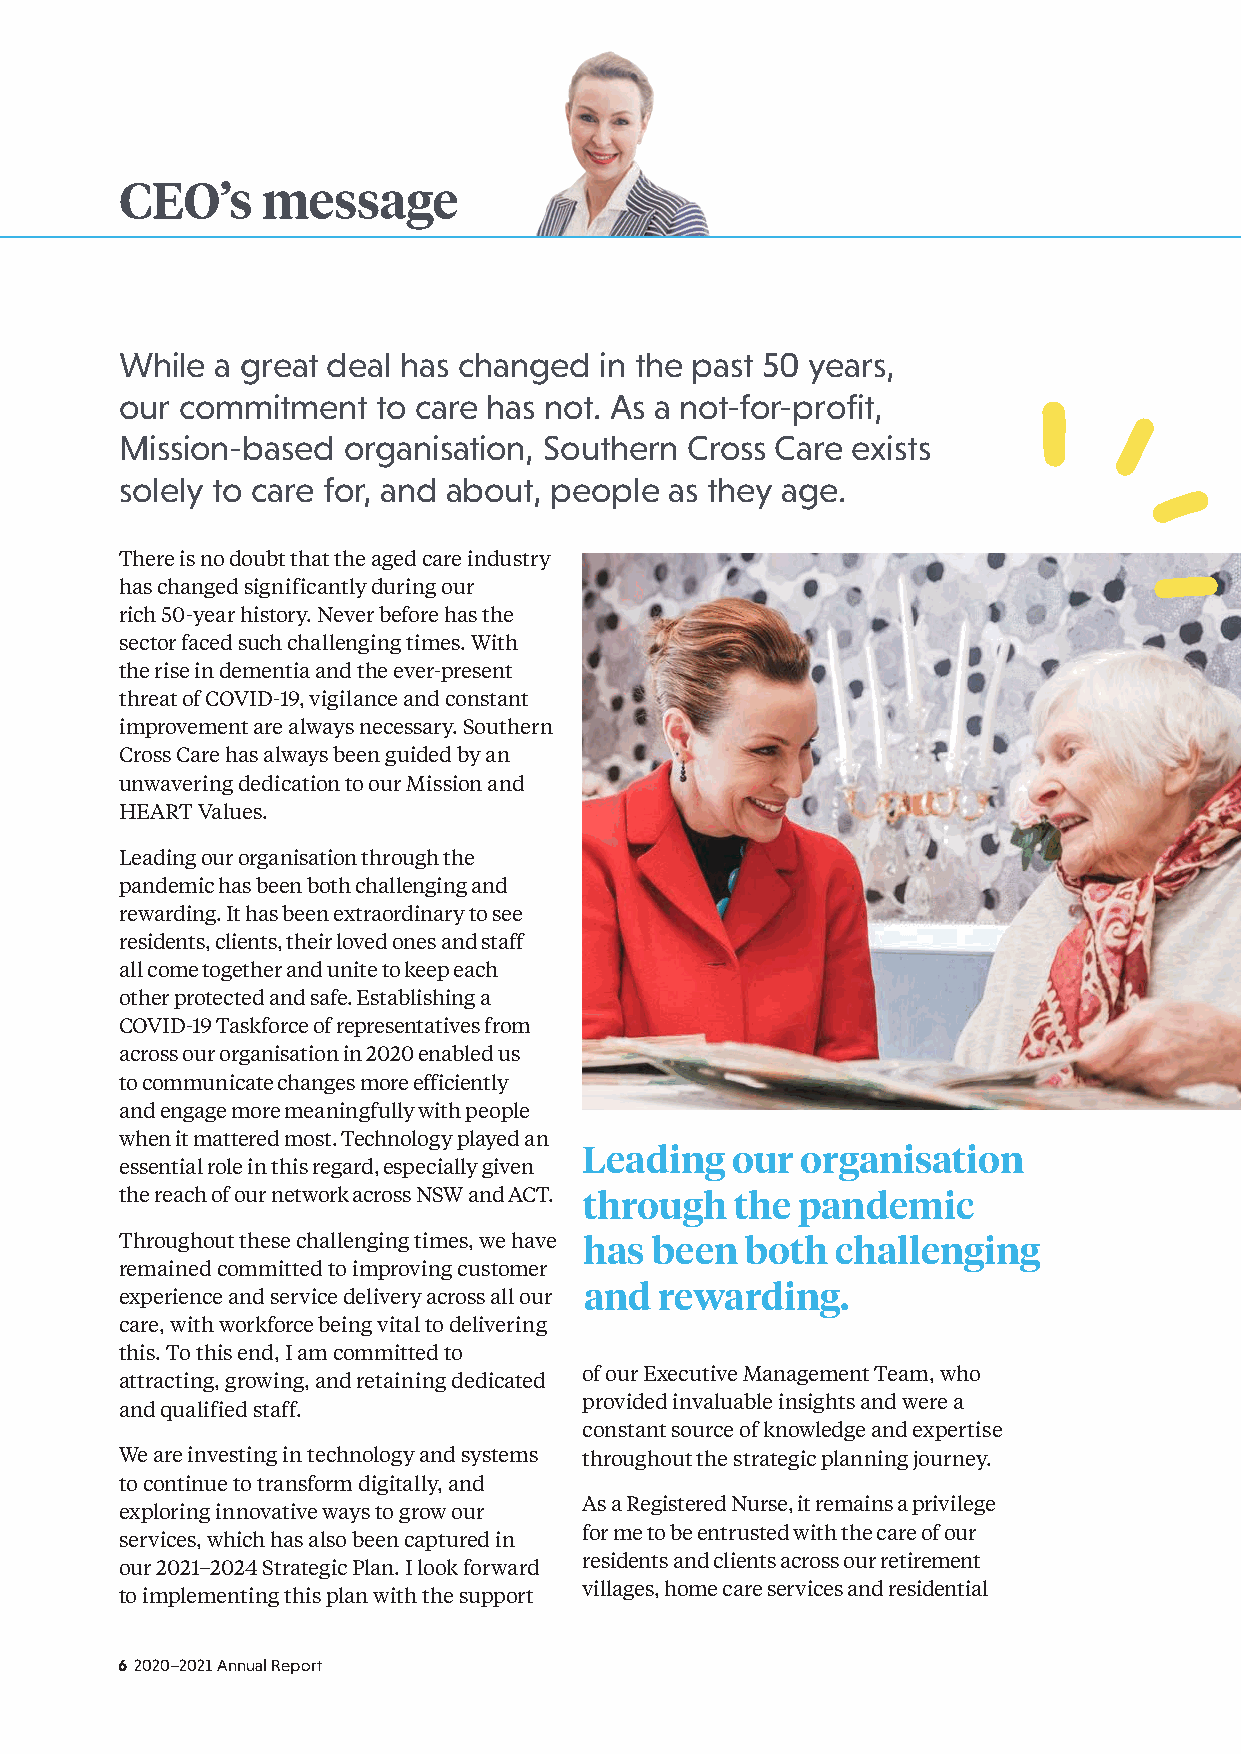
CEO’s    message
 While a great deal has changed  in the past 50 years,
 our commitment   to care has not. As a not-for-profit,
 Mission-based  organisation, Southern Cross Care exists
 solely to care for, and about, people as they age.
 There is no doubt that the aged care industry
 has changed significantly during our
 rich 50-year history. Never before has the
 sector faced such challenging times. With
 the rise in dementia and the ever-present
 threat of COVID-19, vigilance and constant
 improvement are always necessary. Southern
 Cross Care has always been guided by an
 unwavering dedication to our Mission and
 HEART Values.
 Leading our organisation through the
 pandemic has been both challenging and
 rewarding. It has been extraordinary to see
 residents, clients, their loved ones and staff
 all come together and unite to keep each
 other protected and safe. Establishing a
 COVID-19 Taskforce of representatives from
 across our organisation in 2020 enabled us
 to communicate changes more efficiently
 and engage more meaningfully with people
 when it mattered most. Technology played an
 Leading  our  organisation
 essential role in this regard, especially given
 the reach of our network across NSW and ACT. through the pandemic
 Throughout these challenging times, we have has been both challenging
 remained committed to improving customer
 and  rewarding.
 experience and service delivery across all our
 care, with workforce being vital to delivering
 this. To this end, I am committed to
 of our Executive Management Team, who
 attracting, growing, and retaining dedicated
 provided invaluable insights and were a
 and qualified staff.
 constant source of knowledge and expertise
 We are investing in technology and systems throughout the strategic planning journey.
 to continue to transform digitally, and
 As a Registered Nurse, it remains a privilege
 exploring innovative ways to grow our
 for me to be entrusted with the care of our
 services, which has also been captured in
 residents and clients across our retirement
 our 2021–2024 Strategic Plan. I look forward
 villages, home care services and residential
 to implementing this plan with the support
 6 2020–2021 Annual Report